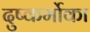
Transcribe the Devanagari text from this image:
दुष्कर्मोका